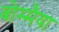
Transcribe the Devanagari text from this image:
बोम्मैया